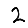
Digit: 2